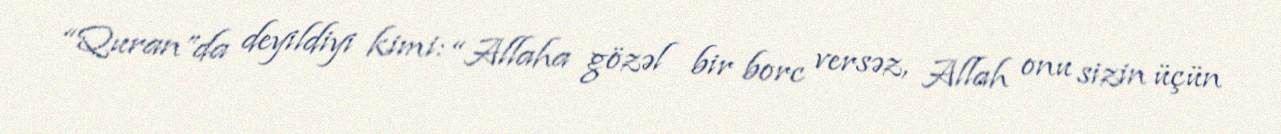
“Quran”da deyildiyi kimi: “Allaha gözəl bir borc versəz, Allah onu sizin üçün